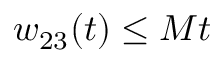
w _ { 2 3 } ( t ) \leq M t